Veterinary regulations India, 1939 -
Year: 1939
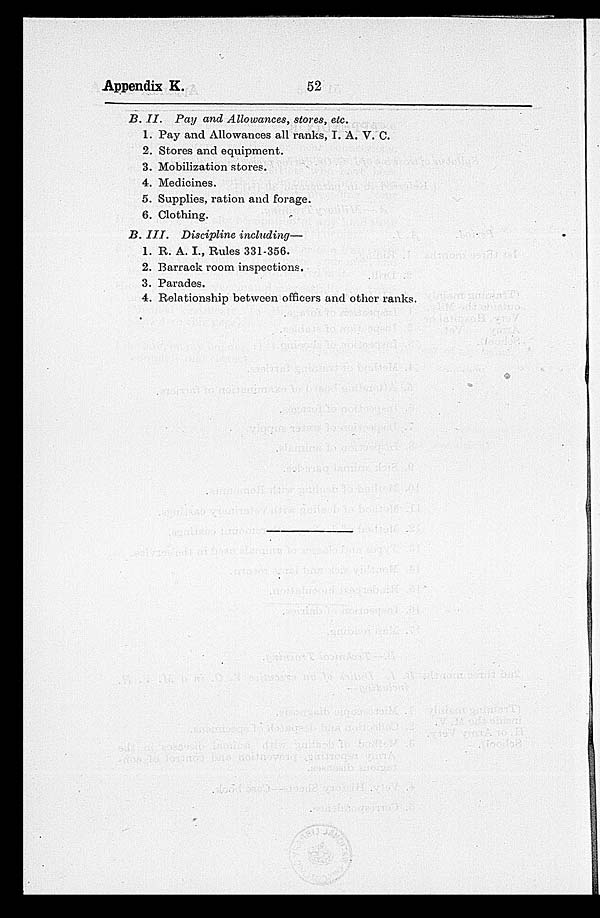
Appendix K.
52
B. II.
Pay and Allowances, stores, etc.
1. Pay and Allowances all ranks, I. A. V. C.
2. Stores and equipment.
3. Mobilization stores.
4. Medicines.
5. Supplies, ration and forage.
6. Clothing.
B. III.
Discipline including—
1. R. A. I., Rules 331-356.
2. Barrack room inspections.
3. Parades.
4. Relationship between officers and other ranks.